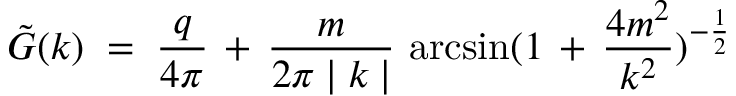
{ \tilde { G } } ( k ) \; = \; \frac { q } { 4 \pi } \, + \, \frac { m } { 2 \pi \mid k \mid } \, \arcsin ( 1 \, + \, \frac { 4 m ^ { 2 } } { k ^ { 2 } } ) ^ { - \frac { 1 } { 2 } }